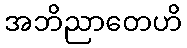
အဘိညာတေဟိ